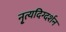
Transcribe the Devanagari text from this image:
नृ्त्यदिग्दर्शन